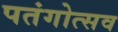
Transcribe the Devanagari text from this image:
पतंगोत्सव